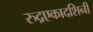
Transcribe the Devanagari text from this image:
रुद्रएकादशिनी